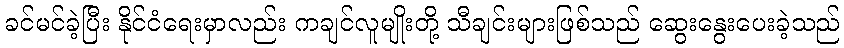
ခင်မင်ခဲ့ပြီး နိုင်ငံရေးမှာလည်း ကချင်လူမျိုးတို့ သီချင်းများဖြစ်သည် ဆွေးနွေးပေးခဲ့သည်